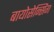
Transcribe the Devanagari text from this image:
बायोसेन्सिंग